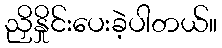
ညှိနှိုင်းပေးခဲ့ပါတယ်။